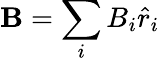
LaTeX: \mathbf{B}=\sum_{i}B_{i}\hat{r}_{i}